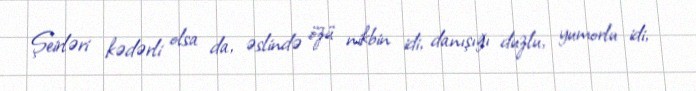
Şeirləri kədərli olsa da, əslində özü nikbin idi, danışığı duzlu, yumorlu idi,